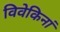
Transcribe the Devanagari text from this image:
विवेकिनां